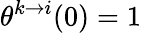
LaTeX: \theta^{k\to i}(0)=1